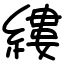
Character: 縷